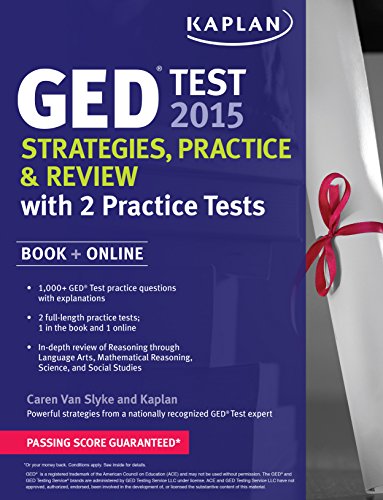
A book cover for Kaplan GED Test 2015 Strategies, Practice, and Review with 2 Practice Tests: Book + Online (Kaplan Test Prep); Caren Van Slyke; Test Preparation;